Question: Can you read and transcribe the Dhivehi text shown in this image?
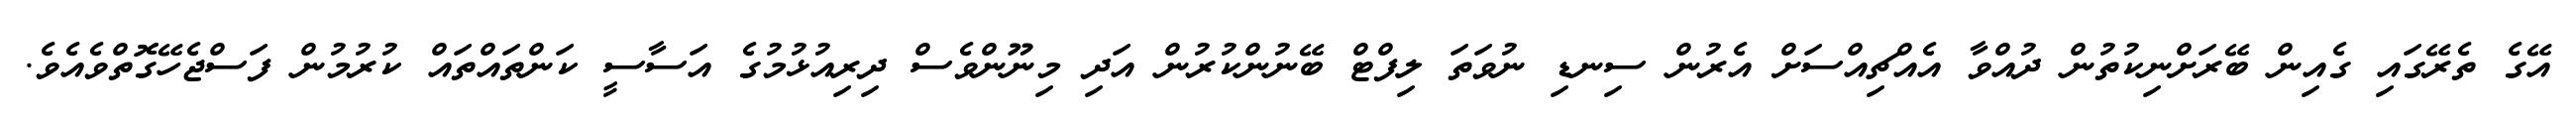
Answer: އޭގެ ތެރޭގައި ގެއިން ބޭރަށްނިކުތުން ދުއްވާ އެއްޗިއްސަށް އެރުން ސިނޑި ނުވަތަ ލިފްޓް ބޭނުންކުރުން އަދި މިނޫންވެސް ދިރިއުޅުމުގެ އަސާސީ ކަންތައްތައް ކުރުމުން ފަސްޖެހޭގޮތްވެއެވެ.